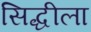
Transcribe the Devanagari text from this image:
सिद्धीला